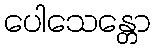
ပေါသေန္တော